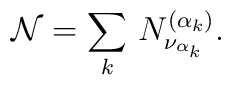
{\mathcal N}=\sum_k\,N^{(\alpha_k)}_{\nu_{\alpha_k}}.